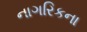
નાગરિકના